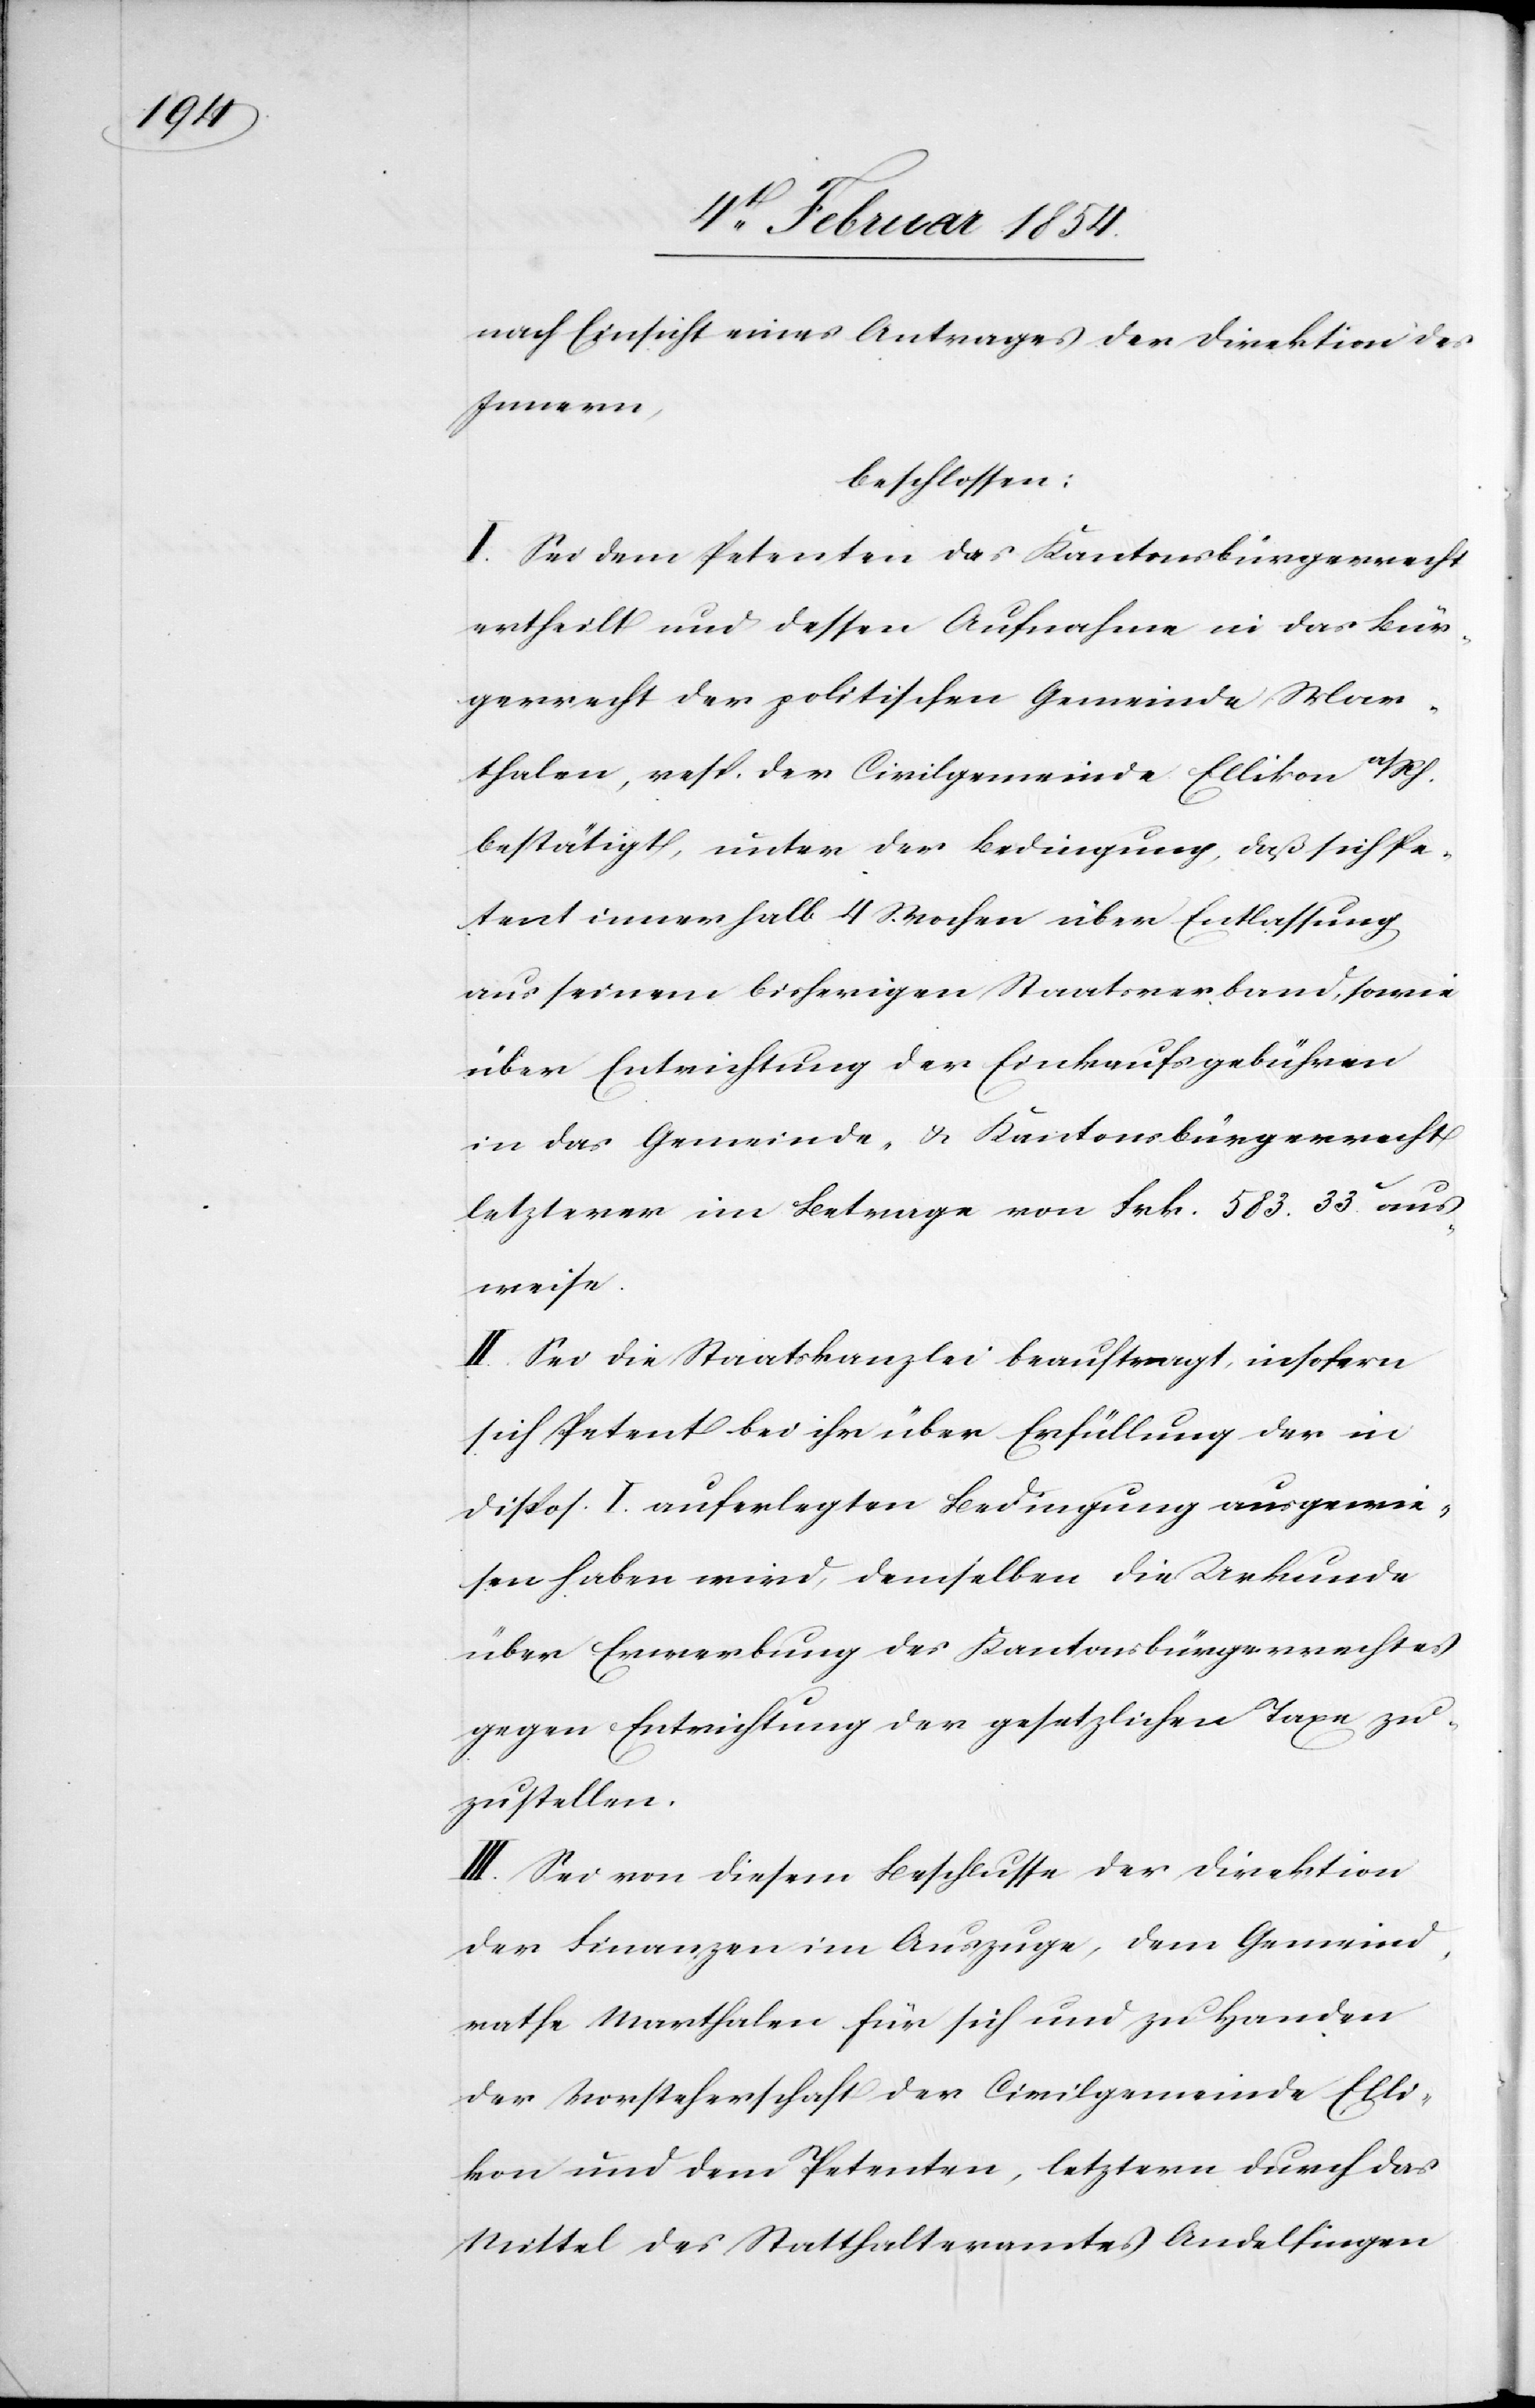
nach Einsicht eines Antrages der Direktion des
Innern,
beschlossen:
I. Sei dem Petenten das Kantonsbürgerrecht
ertheilt und dessen Aufnahme in das Bür¬
gerrecht der politischen Gemeinde Mar¬
thalen, resp. der Civilgemeinde Ellikon a/Rh.
bestätigt, unter der Bedingung, daß sich Pe¬
tent innerhalb 4 Wochen über Entlassung
aus seinem bisherigen Staatsverband, sowie
über Entrichtung der Einkaufsgebühren
in das Gemeinde- u. Kantonsbürgerrecht
letzterer im Betrage von Frk. 583.33c aus¬
weise.
II. Sei die Staatskanzlei beauftragt, insofern
sich Petent bei ihr über Erfüllung der in
Disp. I. auferlegten Bedingung ausgewie¬
sen haben wird, demselben die Urkunde
über Erwerbung des Kantonsbürgerrechts
gegen Entrichtung der gesetzlichen Taxen zu¬
zustellen.
III. Sei von diesem Beschlusse der Direktion
der Finanzen im Auszuge, dem Gemeind¬
rathe Marthalen für sich und zu Handen
der Vorsteherschaft der Civilgemeinde Elli¬
kon und dem Petenten, letztern durch das
Mittel des Statthalteramtes Andelfingen